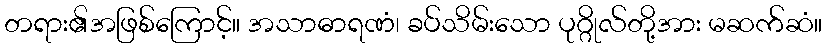
တရား၏အဖြစ်ကြောင့်။ အသာဓာရဏံ၊ ခပ်သိမ်းသော ပုဂ္ဂိုလ်တို့အား မဆက်ဆံ။